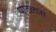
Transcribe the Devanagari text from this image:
पाटलास